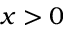
x > 0